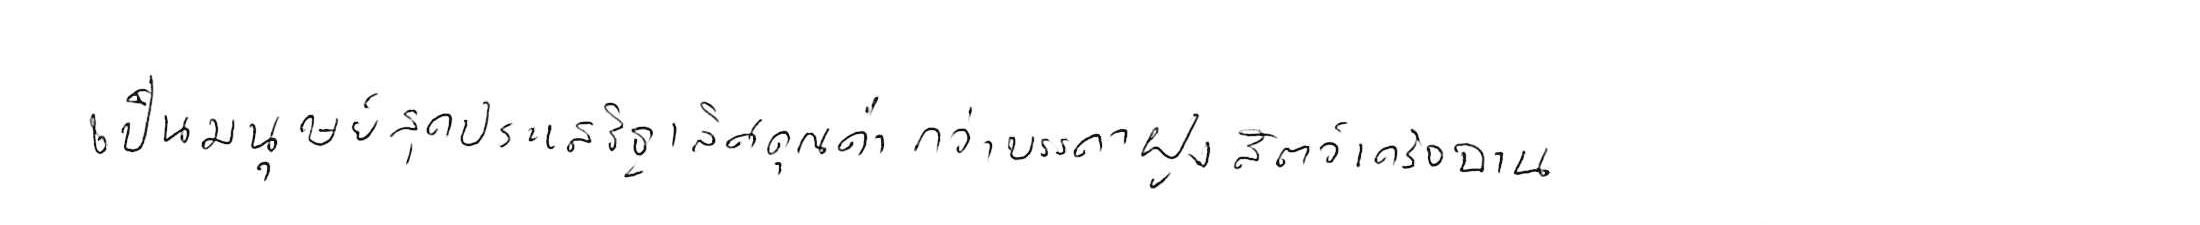
เป็นมนุษย์สุดประเสริฐเลิศคุณค่า กว่าบรรดาฝูงสัตว์เดรัจฉาน